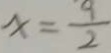
x = \frac { 9 } { 2 }